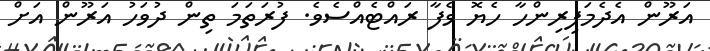
އަރޫން އެދެމަފިރިންހާ ހެޔޮ ވެފާ ރައްޓެއްސެވެ. ފުރަތަމަ ތިން ދުވަހު އަރޫން އަށް